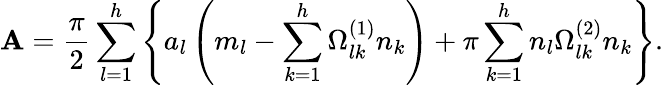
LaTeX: \mathbf{A}={\frac{{\pi}}{{2}}}\sum_{l=1}^{h}\left\{ a_{l}\left(m_{l}-\sum_{k=1}^{h}\Omega_{lk}^{(1)}n_{k}\right)+\pi\sum_{k=1}^{h}n_{l}\Omega_{lk}^{(2)}n_{k}\right\} .